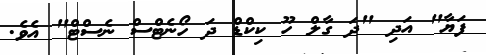
ފަޔާ" އަދި "ދަ ގާލް ހޫ ކިކްޑް ދަ ހޯނެޓްސް ނެސްޓް" އެވެ.